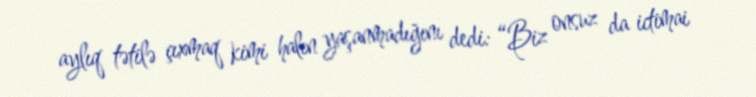
aylıq tətilə çıxmaq kimi halın yaşanmadığını dedi: “Biz onsuz da ictimai